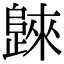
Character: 𣦨